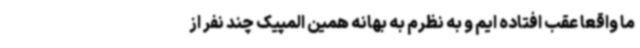
ما واقعا عقب افتاده ایم و به نظرم به بهانه همین المپیک چند نفر از